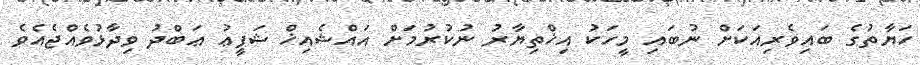
ހަޔާތުގެ ބައިވެރިއަކަށް ނުބައި މީހަކު އިޚްތިޔާރު ނުކުރުމަށް އައްޝެއިޚް ޝަފީޢު ޢަބްދު ވިދާޅުވެއްޖެއެވެ